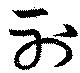
射